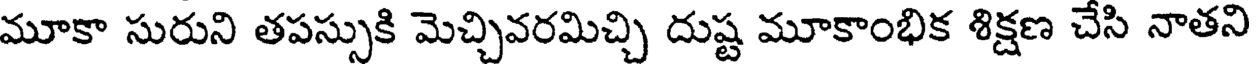
మూకా సురుని తపస్సుకి మెచ్చివరమిచ్చి దుష్ట మూకాంభిక శిక్షణ చేసి నాతని